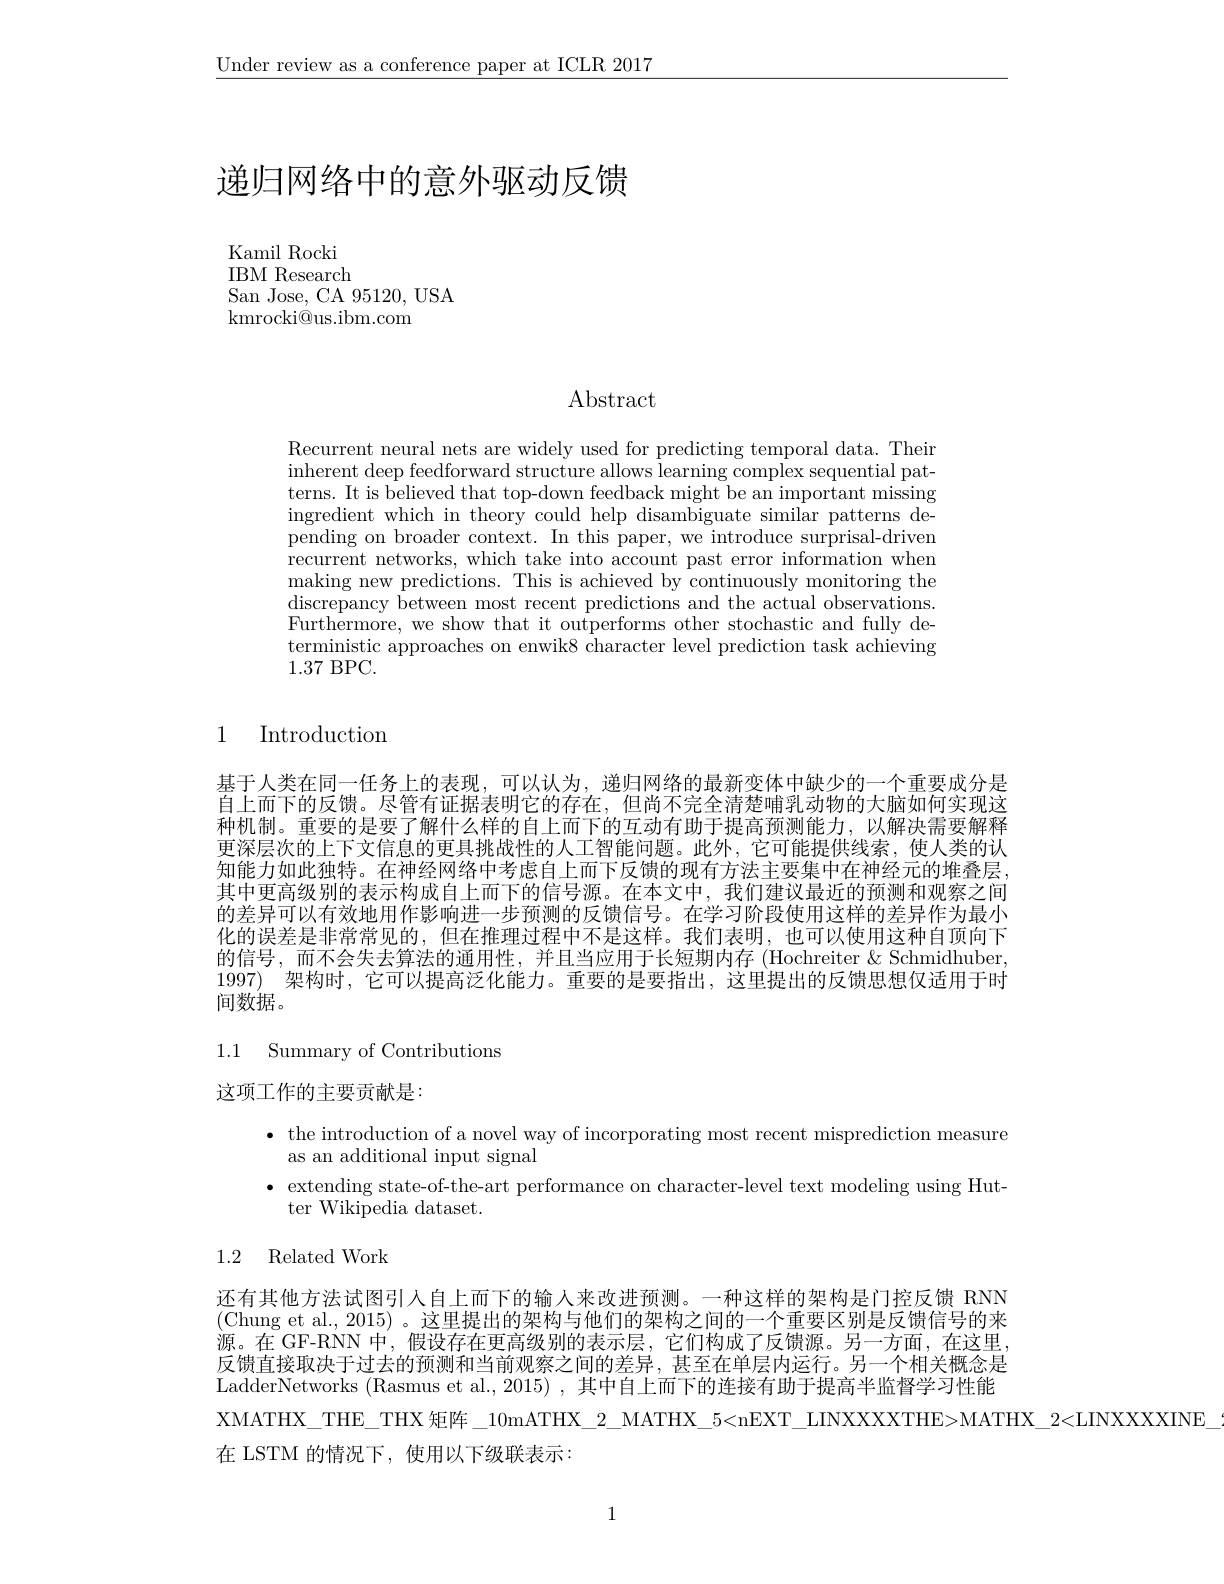
$\underline{\text{Under review as a conference paper at ICLR 2017}}$

# 递归网络中的意外驱动反馈

Kamil Rocki IBM Research San Jose, CA 95120, USA
kmrocki@ us. ibm. com

$\operatorname{Abstract}$

Recurrent neural nets are widely used for predicting temporal data. Their inherent deep feedforward structure allows learning complex sequential patterns. It is believed that top-down feedback might be an important missing ingredient which in theory could help disambiguate similar patterns depending on broader context. In this paper, we introduce surprisal-driven recurrent networks, which take into account past error information when making new predictions. This is achieved by continuously monitoring the $\operatorname*{discrepancy}$ between most recent predictions and the actual observations. Furthermore, we show that it outperforms other stochastic and fully deterministic approaches on enwik8 character level prediction task achieving 1.37BPC.

1 Introduction

基于人类在同一任务上的表现，可以认为，递归网络的最新变体中缺少的一个重要成分是自上而下的反馈。尽管有证据表明它的存在，但尚不完全清楚哺乳动物的大脑如何实现这种机制。重要的是要了解什么样的自上而下的互动有助于提高预测能力，以解决需要解释更深层次的上下文信息的更具挑战性的人工智能问题。此外，它可能提供线索，使人类的认知能力如此独特。在神经网络中考虑自上而下反馈的现有方法主要集中在神经元的堆叠层， 其中更高级别的表示构成自上而下的信号源。在本文中，我们建议最近的预测和观察之间的差异可以有效地用作影响进一步预测的反馈信号。在学习阶段使用这样的差异作为最小化的误差是非常常见的，但在推理过程中不是这样。我们表明，也可以使用这种自顶向下的信号，而不会失去算法的通用性，并且当应用于长短期内存 (Hochreiter & Schmidhuber 1997) 架构时，它可以提高泛化能力。重要的是要指出，这里提出的反馈思想仅适用于时间数据。

1.1 Summary of Contributions

这项工作的主要贡献是：

$\bullet$ the introduction of a novel way of incorporating most recent misprediction measure
as an additional input signal
$\bullet$ extending state-of-the-art performance on character-level text modeling using Hut-
ter Wikipedia dataset.

# 1.2 Related Work

还有其他方法试图引人自上而下的输入来改进预测。一种这样的架构是门控反馈 RNN (Chung et al., 2015) 。这里提出的架构与他们的架构之间的一个重要区别是反馈信号的来源。在 GF-RNN 中，假设存在更高级别的表示层，它们构成了反馈源。另一方面，在这里， 反馈直接取决于过去的预测和当前观察之间的差异，甚至在单层内运行。另一个相关概念是LadderNetworks (Rasmus et al., 2015) , 其中自上而下的连接有助于提高半监督学习性能XMATHX\_THE\_THX 矩阵\_10mATHX\_2\_MATHX\_5<nEXT\_LINXXXXTHE>MATHX\_2<LINXXXXINE\_
在 LSTM 的情况下，使用以下级联表示：

1